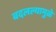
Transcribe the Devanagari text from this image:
बदलल्यामुळे